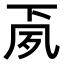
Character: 𭂳